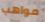
مواهب